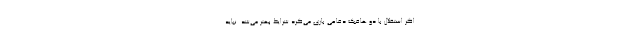
اگر استقلال با دو هافبک دفاعی بازی می‌کرد شرایط بهتر می‌شد. نباید